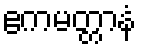
ဧကမတ္တာနံ